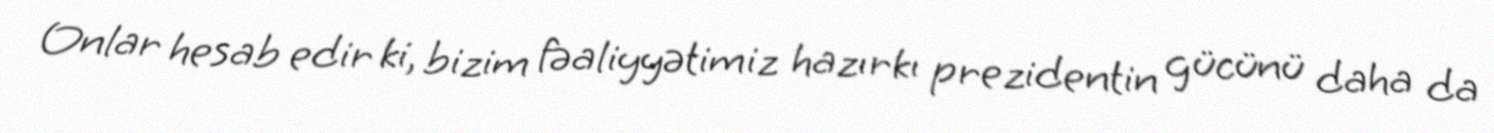
Onlar hesab edir ki, bizim fəaliyyətimiz hazırkı prezidentin gücünü daha da